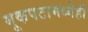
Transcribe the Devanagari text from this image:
मूकपटामध्येही